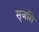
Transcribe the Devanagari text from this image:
सृजसि